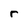
Character: r